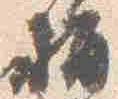
指